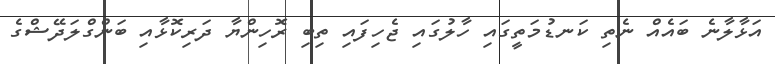
އަޅާލާނެ ބައެއް ނެތި ކަނޑުމަތީގައި ހާލުގައި ޖެހިފައި ތިބި ރޮހިންޔާ ދަރިކޮޅާއި ބަންގްލަދޭޝްގެ